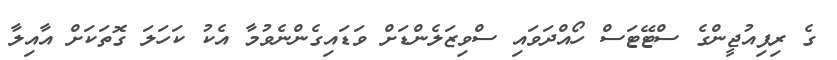
ގެ ރިފިއުޖީންގެ ސްޓޭޓަސް ހޯއްދަވައި ސްވިޒަލެންޑަށް ވަޑައިގެންނެވުމާ އެކު ކަހަލަ ގޮތަކަށް އާއިލާ